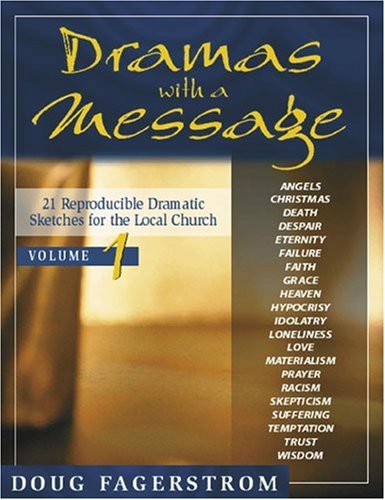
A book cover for Dramas with a Message, vol. 1: 21 Reproducible Dramas for the Local Church; Christian Books & Bibles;